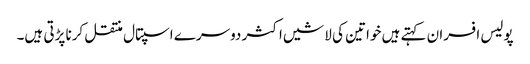
پولیس افسران کہتے ہیں خواتین کی لاشیں اکثر دوسرے اسپتال منتقل کرنا پڑتی ہیں۔